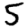
Digit: 5